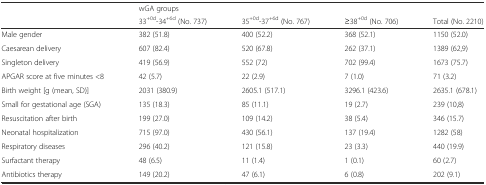
<table><thead><tr><td></td><td colspan="4"><b>wGA groups</b></td></tr><tr><td></td><td><b>33<sup>+0d</sup>-34<sup>+6d</sup> (No. 737)</b></td><td><b>35<sup>+0d</sup>-37<sup>+6d</sup> (No. 767)</b></td><td><b>≥38<sup>+0d</sup> (No. 706)</b></td><td><b>Total (No. 2210)</b></td></tr></thead><tbody><tr><td>Male gender</td><td>382 (51.8)</td><td>400 (52.2)</td><td>368 (52.1)</td><td>1150 (52.0)</td></tr><tr><td>Caesarean delivery</td><td>607 (82.4)</td><td>520 (67.8)</td><td>262 (37.1)</td><td>1389 (62,9)</td></tr><tr><td>Singleton delivery</td><td>419 (56.9)</td><td>552 (72)</td><td>702 (99.4)</td><td>1673 (75.7)</td></tr><tr><td>APGAR score at five minutes &lt;8</td><td>42 (5.7)</td><td>22 (2.9)</td><td>7 (1.0)</td><td>71 (3.2)</td></tr><tr><td>Birth weight [g (mean, SD)]</td><td>2031 (380.9)</td><td>2605.1 (517.1)</td><td>3296.1 (423.6)</td><td>2635.1 (678.1)</td></tr><tr><td>Small for gestational age (SGA)</td><td>135 (18.3)</td><td>85 (11.1)</td><td>19 (2.7)</td><td>239 (10,8)</td></tr><tr><td>Resuscitation after birth</td><td>199 (27.0)</td><td>109 (14.2)</td><td>38 (5.4)</td><td>346 (15.7)</td></tr><tr><td>Neonatal hospitalization</td><td>715 (97.0)</td><td>430 (56.1)</td><td>137 (19.4)</td><td>1282 (58)</td></tr><tr><td>Respiratory diseases</td><td>296 (40.2)</td><td>121 (15.8)</td><td>23 (3.3)</td><td>440 (19.9)</td></tr><tr><td>Surfactant therapy</td><td>48 (6.5)</td><td>11 (1.4)</td><td>1 (0.1)</td><td>60 (2.7)</td></tr><tr><td>Antibiotics therapy</td><td>149 (20.2)</td><td>47 (6.1)</td><td>6 (0.8)</td><td>202 (9.1)</td></tr></tbody></table>